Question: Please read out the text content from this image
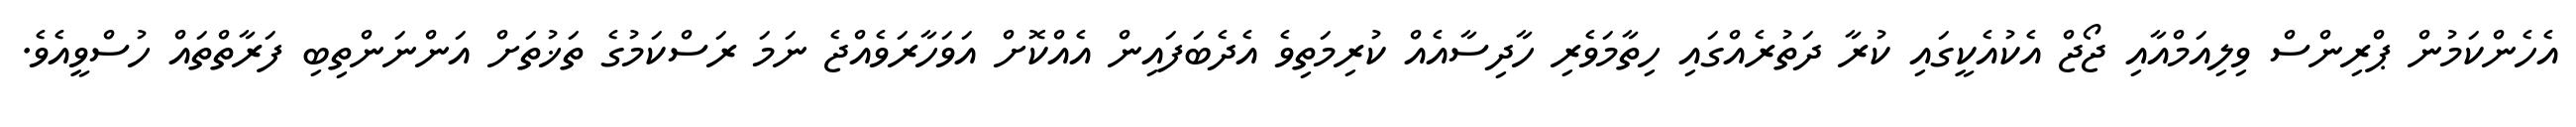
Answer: އެހެންކަމުން ޕްރިންސް ވިލިއަމްއާއި ޖޯޖް އެކުއެކީގައި ކުރާ ދަތުރެއްގައި ހިތާމަވެރި ހާދިސާއެއް ކުރިމަތިވެ އެދެބަފައިން އެއްކޮށް އަވަހާރަވެއްޖެ ނަމަ ރަސްކަމުގެ ތަޚުތަށް އަންނަންތިބި ފަރާތްތައް ހުސްވީއެވެ.